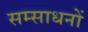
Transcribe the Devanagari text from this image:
सम्साधनों